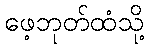
ဖေ့ဘုတ်ထံသို့